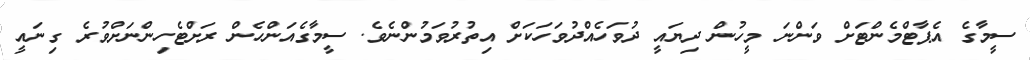
ސީމާގެ އެޕާޓްމެންޓަށް ވަންނަ މީހުން ދިޔައީ ދުވަހެއްދުވަހަކަށް އިތުރުވަމުންނެވެ. ސީމާގެއަންހެން ރަށްްޓެހިންނަށްވުރެ ގިނައީ